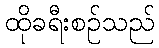
ထိုခရီးစဉ်သည်